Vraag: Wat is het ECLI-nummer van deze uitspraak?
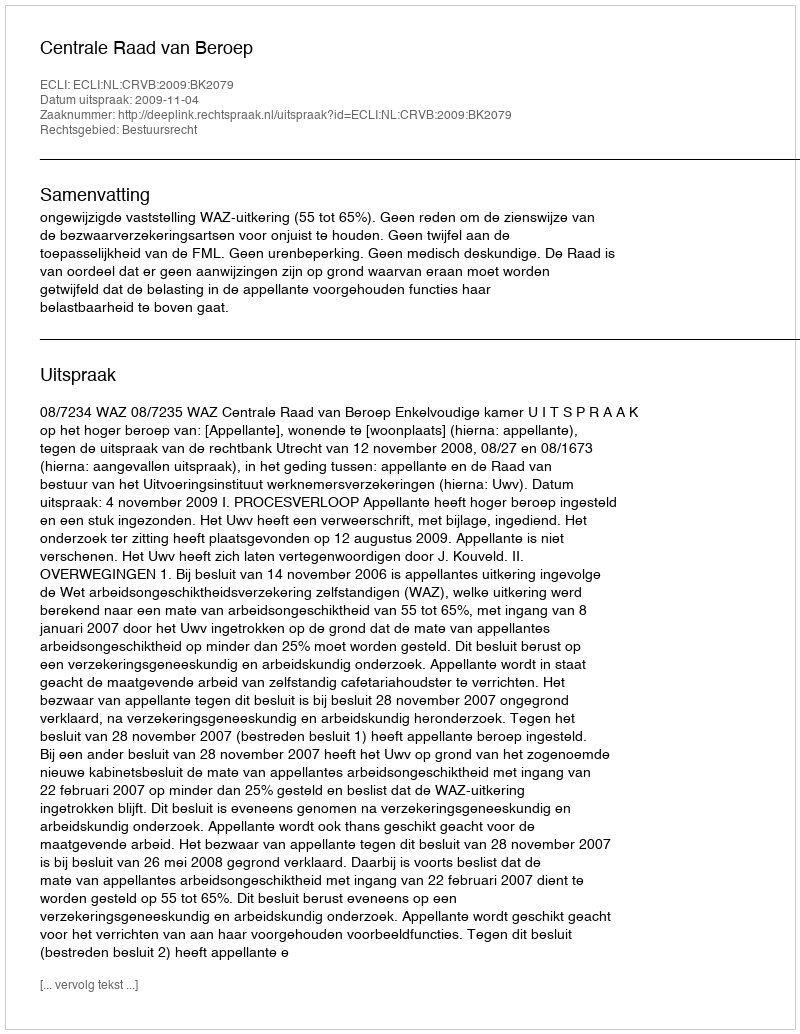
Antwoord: ECLI:NL:CRVB:2009:BK2079